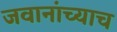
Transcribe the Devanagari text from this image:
जवानांच्याच